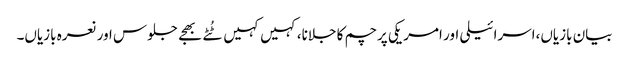
بیان بازیاں،اسرائیلی اور امریکی پرچم کا جلانا،کہیں کہیں ٹُٹے بھجے جلوس اور نعرہ بازیاں۔